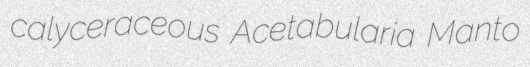
calyceraceous Acetabularia Manto